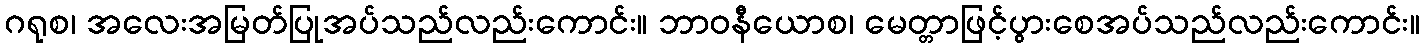
ဂရုစ၊ အလေးအမြတ်ပြုအပ်သည်လည်းကောင်း။ ဘာဝနီယောစ၊ မေတ္တာဖြင့်ပွားစေအပ်သည်လည်းကောင်း။